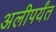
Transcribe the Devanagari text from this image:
अलीपर्यंत